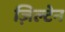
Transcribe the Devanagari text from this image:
ज़िल्टेन